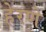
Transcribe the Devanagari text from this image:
हेरणे